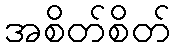
အစိတ်စိတ်